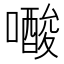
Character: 𭋟